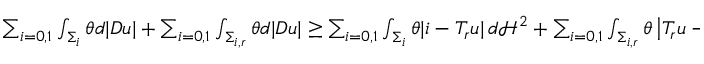
\begin{array} { r } { \sum _ { i = 0 , 1 } \int _ { \Sigma _ { i } } \theta d | D u | + \sum _ { i = 0 , 1 } \int _ { \Sigma _ { i , r } } \theta d | D u | \geq \sum _ { i = 0 , 1 } \int _ { \Sigma _ { i } } \theta | i - T _ { r } u | \, d \mathcal H ^ { 2 } + \sum _ { i = 0 , 1 } \int _ { \Sigma _ { i , r } } \theta \left| T _ { r } u - \widetilde { T } _ { r } u \right| \, d \mathcal H ^ { 2 } . } \end{array}